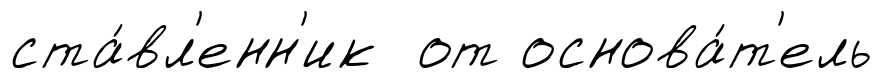
ста́вл'енн'ик от основа́т'ель